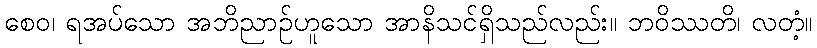
စေဝ၊ ရအပ်သော အဘိညာဉ်ဟူသော အာနိသင်ရှိသည်လည်း။ ဘဝိဿတိ၊ လတံ့။